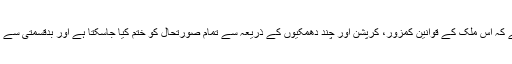
ان کو پتہ ہے کہ اس ملک کے قوانین کمزور، کرپشن اور چند دھمکیوں کے ذریعہ سے تمام صورتحال کو ختم کیا جاسکتا ہے اور بدقسمتی سے ہوا بھی یوں۔